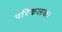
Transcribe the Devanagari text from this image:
परिकलक।